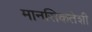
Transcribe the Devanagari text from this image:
मानसिकतेशी